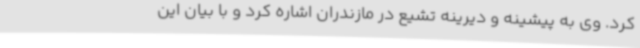
کرد. وی به پیشینه و دیرینه تشیع در مازندران اشاره کرد و با بیان این